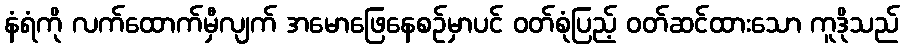
နံရံကို လက်ထောက်မှီလျက် အမောဖြေနေစဉ်မှာပင် ဝတ်စုံပြည့် ဝတ်ဆင်ထားသော ကူဒိုသည်